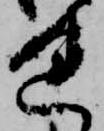
れ